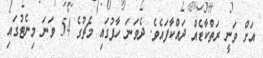
އަށް ވަނީ ރަތްކާޑެއް ދައްކާފައެވެ. ދެވަނަ ހާފުގައި މެޗުގެ 54 ވަނަ މިނެޓުގައި